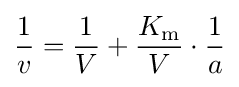
{1 \over v}={1 \over V}+{K_{\mathrm {m} } \over V}\cdot {1 \over a}